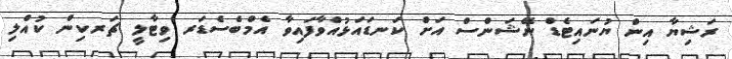
ރަޝިޔާ އިން ޔުނައިޓެޑް ނޭޝަންސް އަށް ކަނޑައަޅުއްވާފައިވާ އެމްބެސެޑަރ ވިޓާލީ ޗަރކިން ކުއްލި